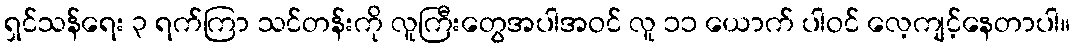
ရှင်သန်ရေး ၃ ရက်ကြာ သင်တန်းကို လူကြီးတွေအပါအဝင် လူ ၁၁ ယောက် ပါဝင် လေ့ကျင့်နေတာပါ။